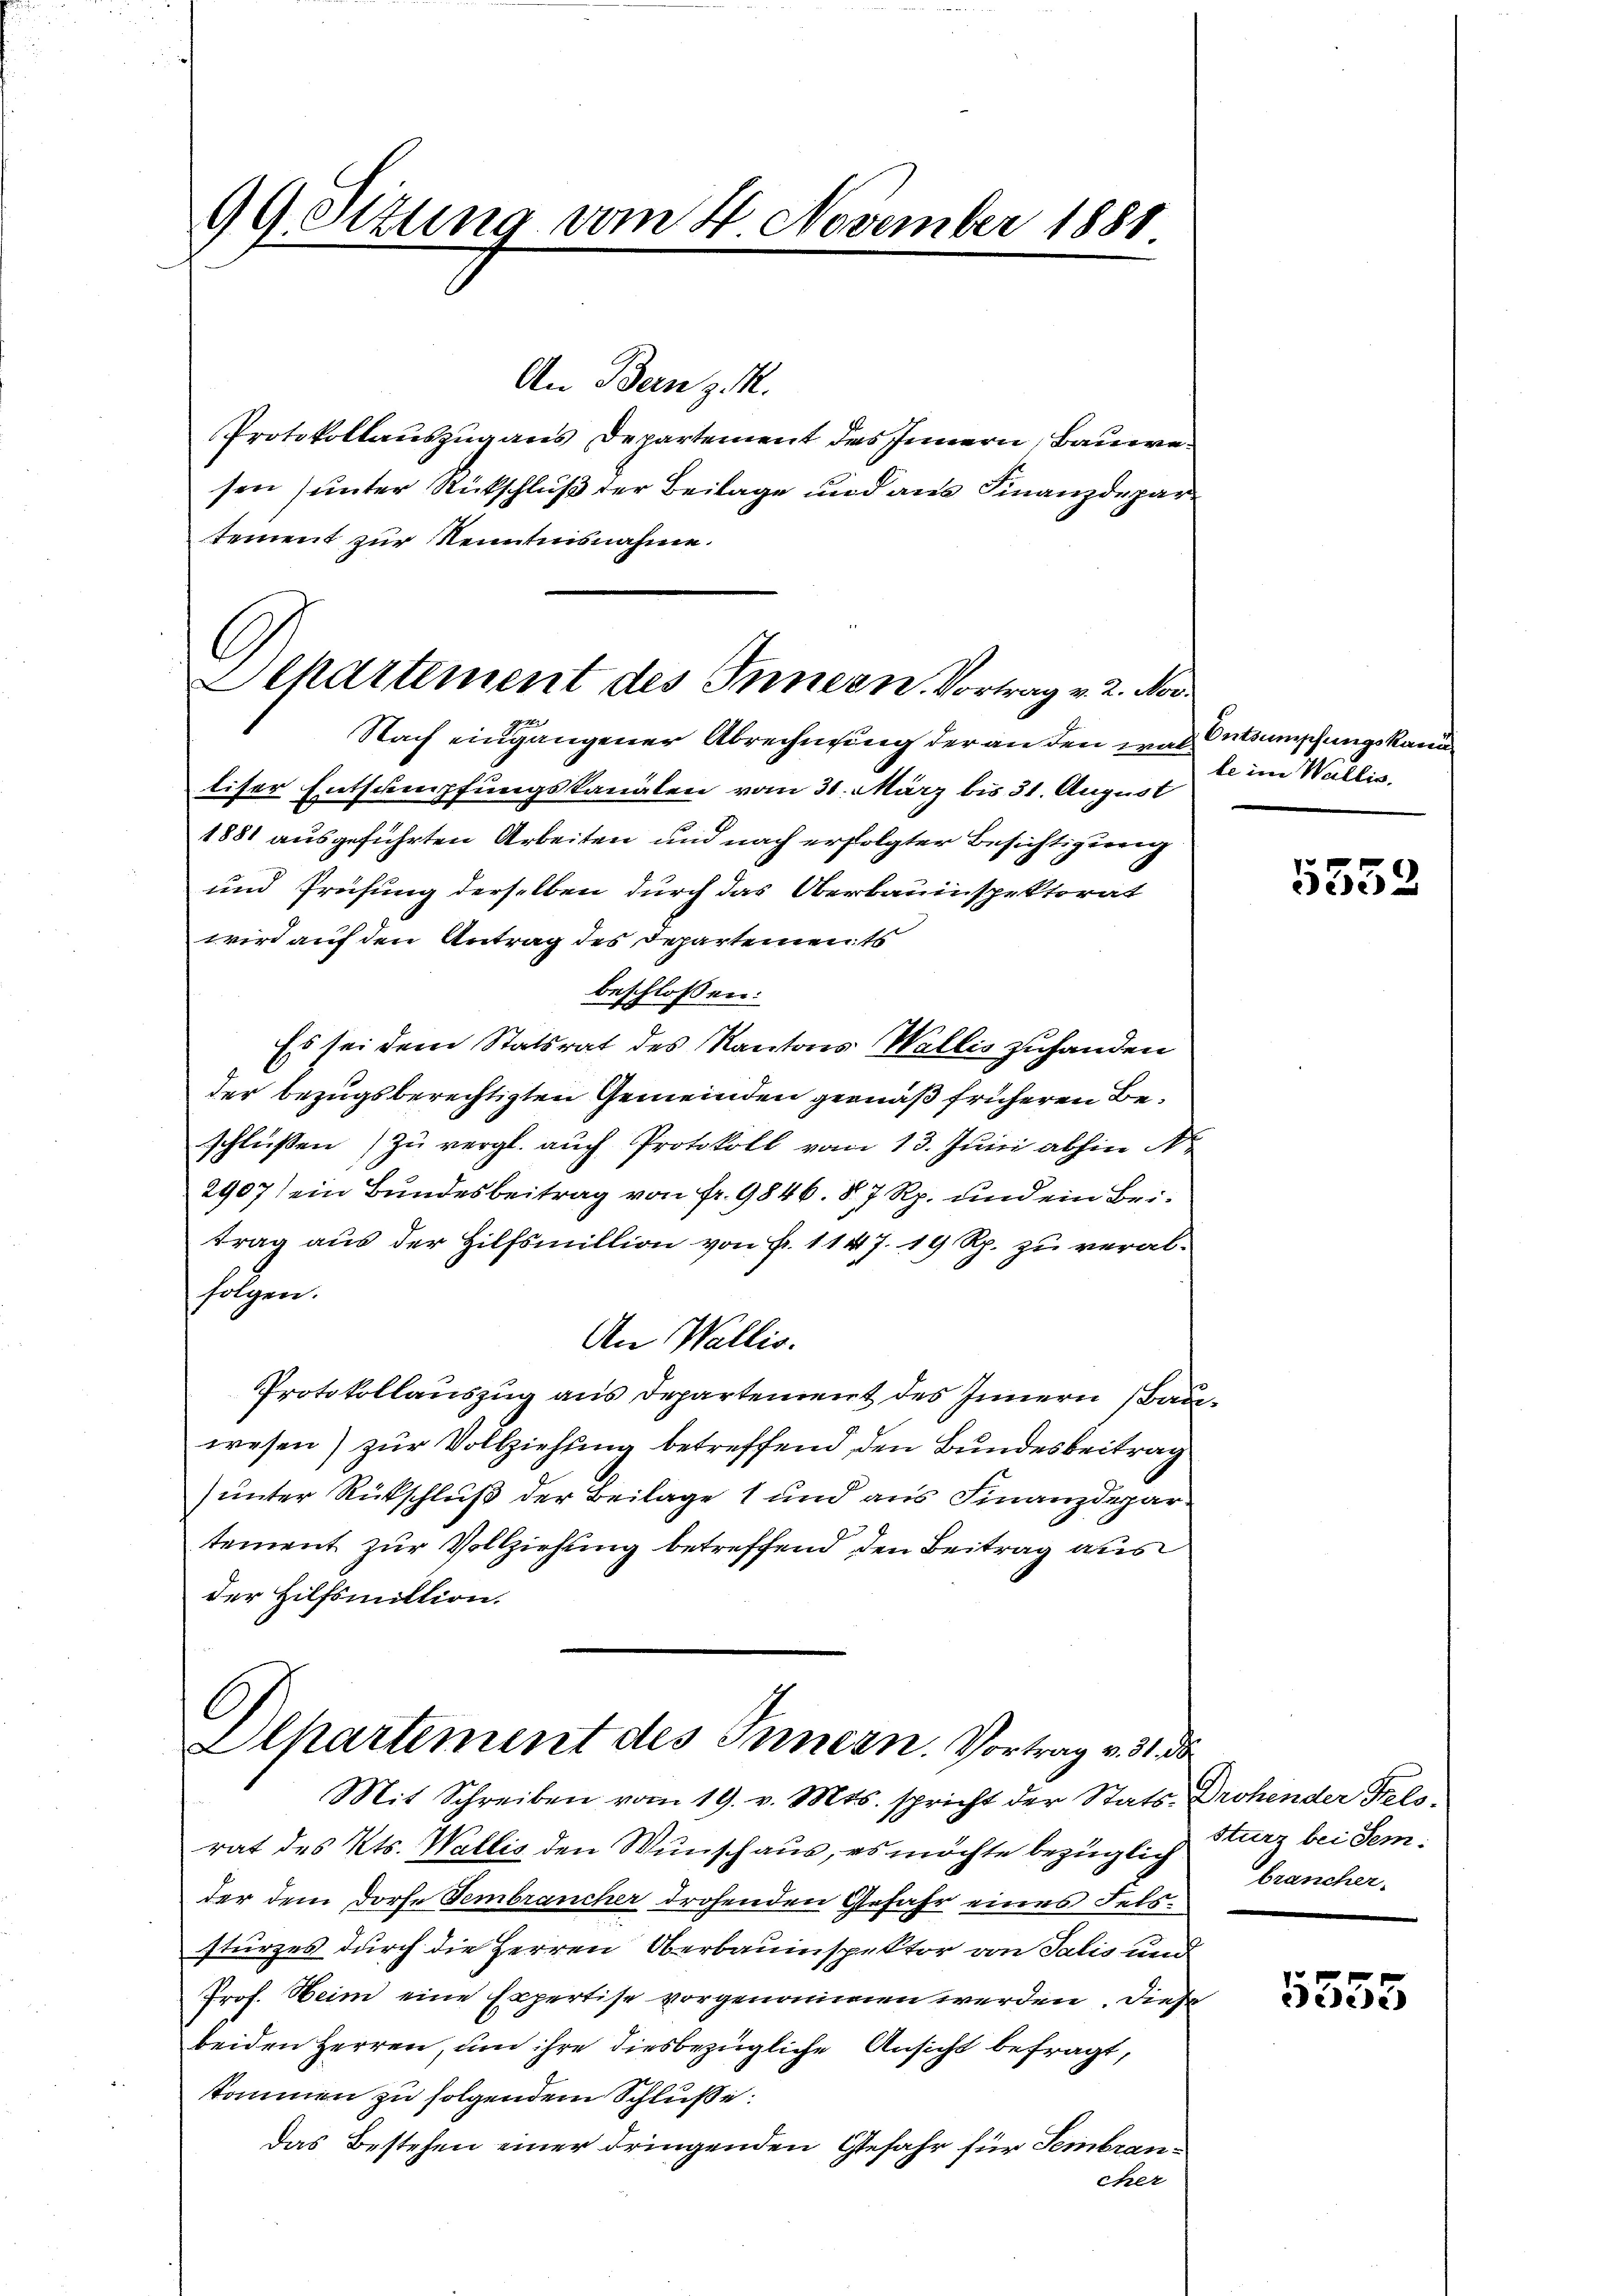
99 Situng vom 4 November 1881
8

An Bern z. M.
Protokollauszug aus Departement des Innern, Bauwesen (unter Rückschluß der Beilage und aus Finanzdepar
tement zur Renntnisnahme.
Nach eingangener Abrechnung der an den war Entsumpfungskan
tiser Entsumpfungskanalen vom 31. März bis 31. August
1881 ausgeführten Arbeiten und nach erfolgter Besichtigung
und Prüfung derselben durch das Oberbauinspektorat
wird auf den Antrag des Departements
beschlossen:
Es sei den Statsrat des Kantons Wallis zuhanden
der bezugsberechtigten Gemeinden gemäß früheren Beschlüßen zu vergl. auch Protokoll vom 13. Juni abhin N
2907 ein Bundesbeitrag von fr. 9846. 87 Rp. und ein Beitrag aus der Hilfsmillion von Fr. 1147. 19 Rp. zu verabfolgen.
An Wallis.
Protokollauszug aus Departement des Innern Bauwesen) zur Vollziehung betreffend den Bundesbeitrag
(unter Rückschluß der Beilage 1 und aus Finanzdepartement zur Vollziehung betreffend den Beitrag aus
der Hilfsmittion.

Separtement des Innern Vortrag v. 2. Nov.

)
Alpartement des Innern. Vortrag v. 31 d

Mit Schreiben vom 19. v. Mts. spricht der Stats Drohender Fels-
rat des Kts. Wallis den Wunschaus, es möchte bezüglich Sturz bei Semder dem Dorfe Sembrancher drohenden Gefahr eines Felssturzes durch die Herren Oberbauinspektor von Salis und
Prof. Heim eine Expertise vorgenommen werden. Diese
beiden Herren, um ihre diesbezügliche Ansicht befragt,
kommen zu folgendem Schluße.
Das Bestehen einer dringenden Gefahr für Sembraneher

le im Wallis.

5552

brancher.

5555